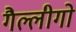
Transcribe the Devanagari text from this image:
गैल्लीगो